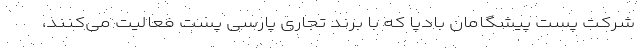
شرکت پست پیشگامان بادپا که با برند تجاری پارسی پست فعالیت می‌کنند،